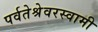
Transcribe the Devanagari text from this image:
पर्वतेश्रेवरस्वामी